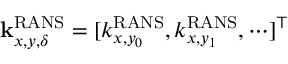
\mathbf { k } _ { x , y , \delta } ^ { \mathrm { R A N S } } = [ k _ { x , y _ { 0 } } ^ { \mathrm { R A N S } } , k _ { x , y _ { 1 } } ^ { \mathrm { R A N S } } , \cdots ] ^ { \top }